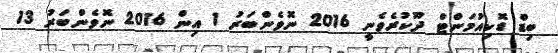
ބިޑް ޑޮކިއުމަންޓް ދޫކުރެވެނީ 2016 ނޮވެެންބަރު 1 އިން 2016 ނޮވެެންބަރު 13